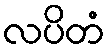
လပိတံ